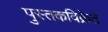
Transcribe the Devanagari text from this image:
पुस्तकविक्रेते